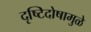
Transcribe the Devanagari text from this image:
दृष्टिदोषामुळे